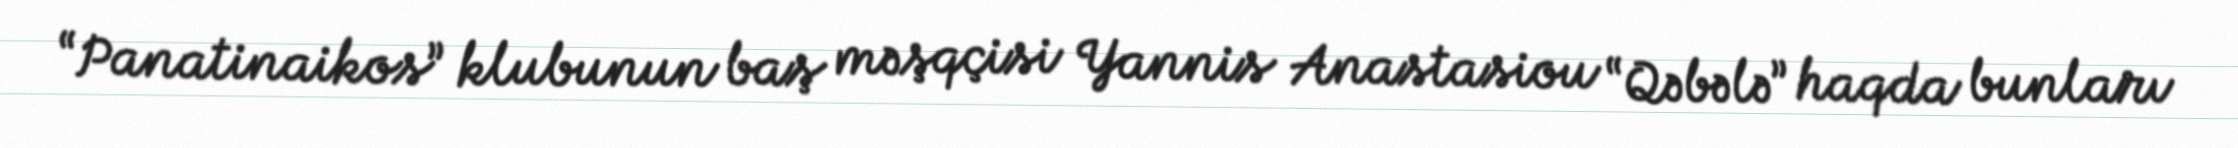
“Panatinaikos” klubunun baş məşqçisi Yannis Anastasiou “Qəbələ” haqda bunları